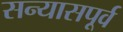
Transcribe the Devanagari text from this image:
सन्यासपूर्व